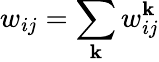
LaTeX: w_{ij}=\sum_{\mathbf{k}}w_{ij}^{\mathbf{k}}